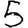
Digit: 5